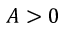
A > 0